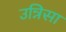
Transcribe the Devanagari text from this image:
उन्निसा